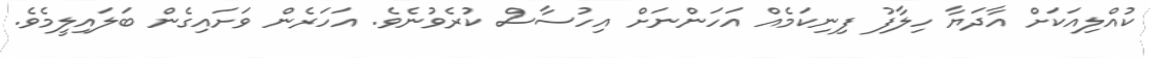
ކުއްލިއަކަށް އާދަޔާ ހިލާފު ފިނިކަމެއް އަހަންނަށް އިހުސާސް ކުރެވުނެވެ. އަހަރެން ވަށައިގެން ބަލައިލީމެވެ.